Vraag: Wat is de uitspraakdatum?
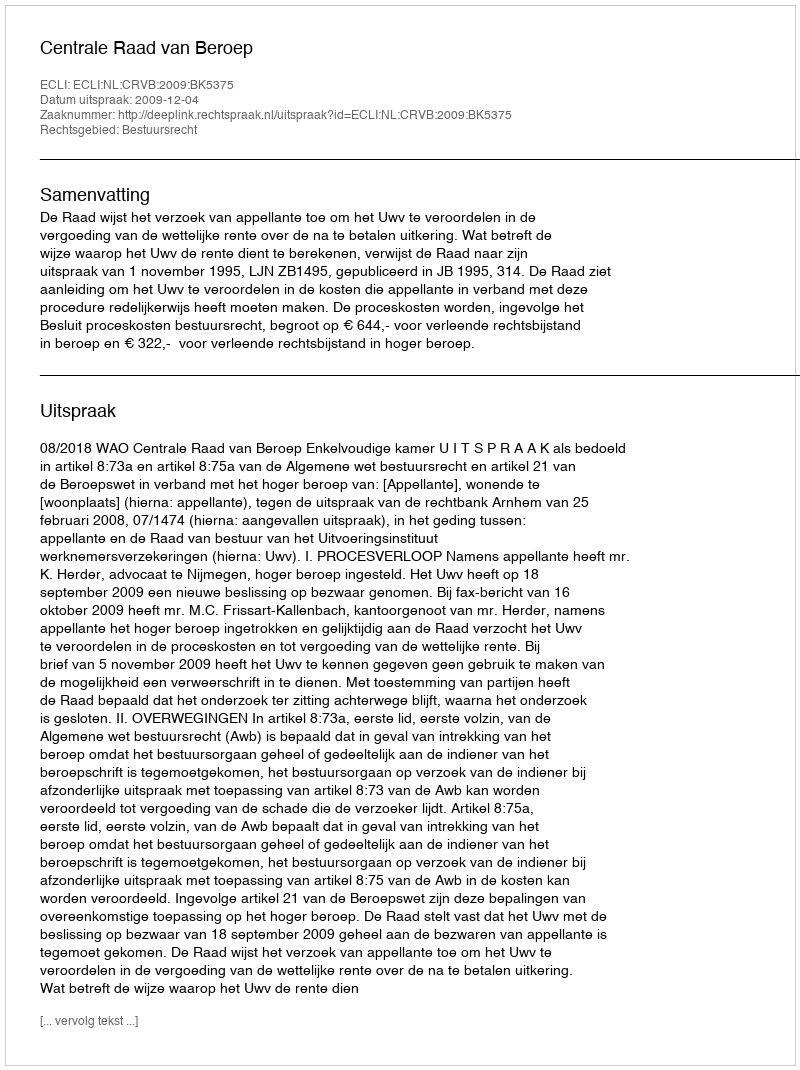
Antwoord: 2009-12-04